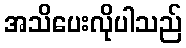
အသိပေးလိုပါသည်